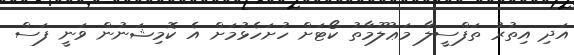
އަދި އިތުރު ތަފްސީލާ މަޢުލޫމާތު ކޯޓަށް ހުށަހެޅުމަށް އެ ކޮމިޝަނުން ވަނީ ފަސް